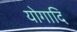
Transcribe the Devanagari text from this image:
योगादि